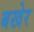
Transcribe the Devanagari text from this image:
बखेर